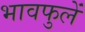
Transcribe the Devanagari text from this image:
भावफुलें